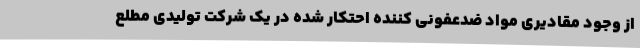
از وجود مقادیری مواد ضدعفونی کننده احتکار شده در یک شرکت تولیدی مطلع